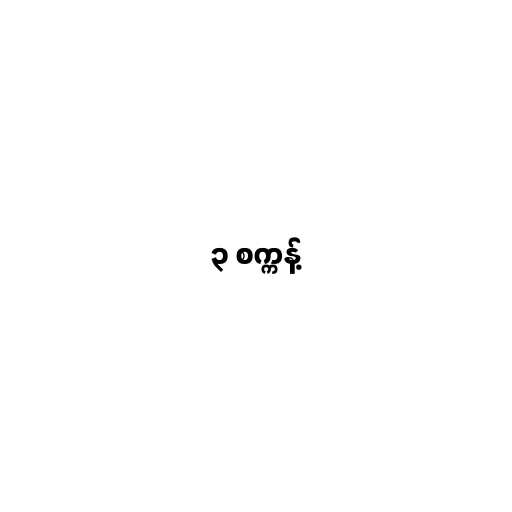
၃ စက္ကန့်